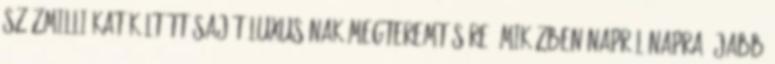
százmilliókat költött saját luxusának megteremtésére, miközben napról napra újabb